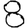
Digit: 8